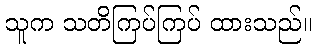
သူက သတိကြပ်ကြပ် ထားသည်။